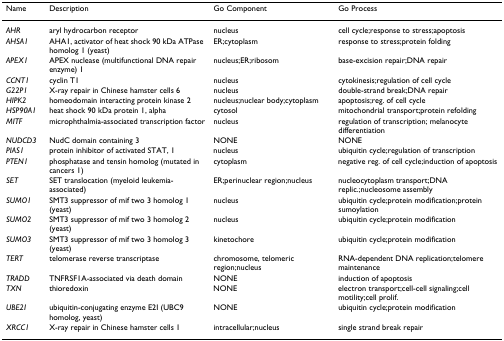
<table><thead><tr><td><b>Name</b></td><td><b>Description</b></td><td><b>Go Component</b></td><td><b>Go Process</b></td></tr></thead><tbody><tr><td><i>AHR</i></td><td>aryl hydrocarbon receptor</td><td>nucleus</td><td>cell cycle;response to stress;apoptosis</td></tr><tr><td><i>AHSA1</i></td><td>AHA1, activator of heat shock 90 kDa ATPase homolog 1 (yeast)</td><td>ER;cytoplasm</td><td>response to stress;protein folding</td></tr><tr><td><i>APEX1</i></td><td>APEX nuclease (multifunctional DNA repair enzyme) 1</td><td>nucleus;ER;ribosom</td><td>base-excision repair;DNA repair</td></tr><tr><td><i>CCNT1</i></td><td>cyclin T1</td><td>nucleus</td><td>cytokinesis;regulation of cell cycle</td></tr><tr><td><i>G22P1</i></td><td>X-ray repair in Chinese hamster cells 6</td><td>nucleus</td><td>double-strand break;DNA repair</td></tr><tr><td><i>HIPK2</i></td><td>homeodomain interacting protein kinase 2</td><td>nucleus;nuclear body;cytoplasm</td><td>apoptosis;reg. of cell cycle</td></tr><tr><td><i>HSP90A1</i></td><td>heat shock 90 kDa protein 1, alpha</td><td>cytosol</td><td>mitochondrial transport;protein refolding</td></tr><tr><td><i>MITF</i></td><td>microphthalmia-associated transcription factor</td><td>nucleus</td><td>regulation of transcription; melanocyte differentiation</td></tr><tr><td><i>NUDCD3</i></td><td>NudC domain containing 3</td><td>NONE</td><td>NONE</td></tr><tr><td><i>PIAS1</i></td><td>protein inhibitor of activated STAT, 1</td><td>nucleus</td><td>ubiquitin cycle;regulation of transcription</td></tr><tr><td><i>PTEN1</i></td><td>phosphatase and tensin homolog (mutated in cancers 1)</td><td>cytoplasm</td><td>negative reg. of cell cycle;induction of apoptosis</td></tr><tr><td><i>SET</i></td><td>SET translocation (myeloid leukemia-associated)</td><td>ER;perinuclear region;nucleus</td><td>nucleocytoplasm transport;DNA replic.;nucleosome assembly</td></tr><tr><td><i>SUMO1</i></td><td>SMT3 suppressor of mif two 3 homolog 1 (yeast)</td><td>nucleus</td><td>ubiquitin cycle;protein modification;protein sumoylation</td></tr><tr><td><i>SUMO2</i></td><td>SMT3 suppressor of mif two 3 homolog 2 (yeast)</td><td>nucleus</td><td>ubiquitin cycle;protein modification</td></tr><tr><td><i>SUMO3</i></td><td>SMT3 suppressor of mif two 3 homolog 3 (yeast)</td><td>kinetochore</td><td>ubiquitin cycle;protein modification</td></tr><tr><td><i>TERT</i></td><td>telomerase reverse transcriptase</td><td>chromosome, telomeric region;nucleus</td><td>RNA-dependent DNA replication;telomere maintenance</td></tr><tr><td><i>TRADD</i></td><td>TNFRSF1A-associated via death domain</td><td>NONE</td><td>induction of apoptosis</td></tr><tr><td><i>TXN</i></td><td>thioredoxin</td><td>NONE</td><td>electron transport;cell-cell signaling;cell motility;cell prolif.</td></tr><tr><td><i>UBE2I</i></td><td>ubiquitin-conjugating enzyme E2I (UBC9 homolog, yeast)</td><td>NONE</td><td>ubiquitin cycle;protein modification</td></tr><tr><td><i>XRCC1</i></td><td>X-ray repair in Chinese hamster cells 1</td><td>intracellular;nucleus</td><td>single strand break repair</td></tr></tbody></table>